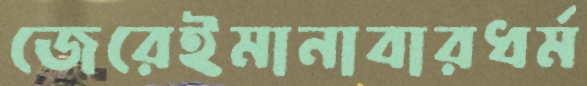
জেরেইমানাবারধর্ম